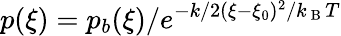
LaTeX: p(\xi)=p_{b}(\xi)/e^{-k/2(\xi-\xi_{0})^{2}/k_{\mathrm{~B~}}T}